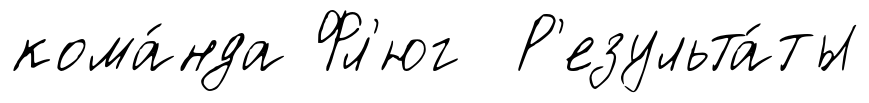
кома́нда Фл'юг Р'езульта́ты